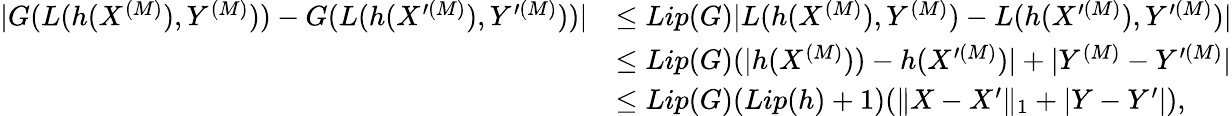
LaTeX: \begin{array}{rl}{|G(L(h(X^{(M)}),Y^{(M)}))-G(L(h(X^{\prime(M)}),Y^{\prime(M)}))|}&{\leq Lip(G)|L(h(X^{(M)}),Y^{(M)})-L(h(X^{\prime(M)}),Y^{\prime(M)})|}\\ &{\leq Lip(G)(|h(X^{(M)}))-h(X^{\prime(M)})|+|Y^{(M)}-Y^{\prime(M)}|}\\ &{\leq Lip(G)(Lip(h)+1)(\| X-X^{\prime}\| _{1}+|Y-Y^{\prime}|),}\end{array}